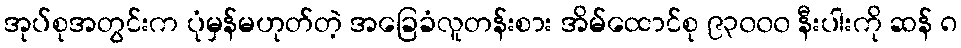
အုပ်စုအတွင်းက ပုံမှန်မဟုတ်တဲ့ အခြေခံလူတန်းစား အိမ်ထောင်စု ၉၃၀၀၀ နီးပါးကို ဆန် ၈